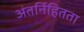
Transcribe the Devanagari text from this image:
अंतर्निहितता